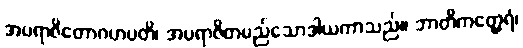
အပရာဇိတောဂဟပတိ၊ အပရာဇိတမည်သောဒါယကာသည်။ ဘာတိကတ္ထေရံ၊